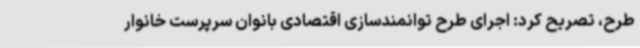
طرح، تصریح کرد: اجرای طرح توانمندسازی اقتصادی بانوان سرپرست خانوار